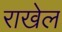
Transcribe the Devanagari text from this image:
राखेल